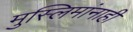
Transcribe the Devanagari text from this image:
मुस्लिमांनाही